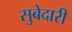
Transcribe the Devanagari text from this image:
सुबेदारी